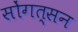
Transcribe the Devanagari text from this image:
सोंगत्सन